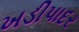
ખડીપાદર